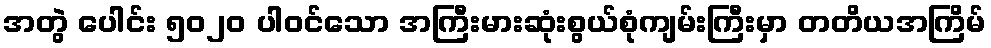
အတွဲ ပေါင်း ၅၀၂၀ ပါဝင်သော အကြီးမားဆုံးစွယ်စုံကျမ်းကြီးမှာ တတိယအကြိမ်